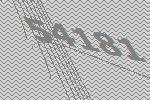
54181